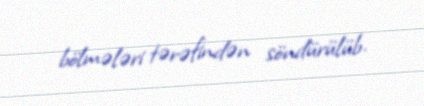
bölmələri tərəfindən söndürülüb.